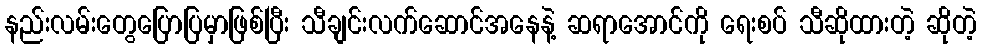
နည်းလမ်းတွေပြောပြမှာဖြစ်ပြီး သီချင်းလက်ဆောင်အနေနဲ့ ဆရာအောင်ကို ရေးစပ် သီဆိုထားတဲ့ ဆိုတဲ့